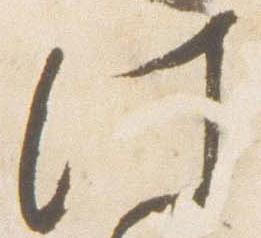
此